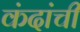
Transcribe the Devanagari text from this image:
कंदांची